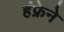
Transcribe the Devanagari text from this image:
हंफ्रेने